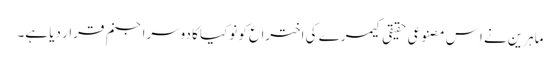
ماہرین نے اِس مصنوعی حقیقی کیمرے کی اختراع کو نوکیا کا دوسرا جنم قرار دیا ہے۔